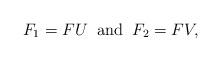
LaTeX: \begin{align*} F_1 = F U \;\;\mbox{and} \;\;F_2 = F V,\end{align*}